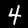
Digit: 4